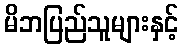
မိဘပြည်သူများနှင့်